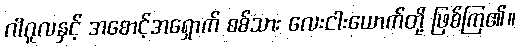
ဂါဂူလနှင့် အစောင့်အရှောက် စစ်သား လေးငါးယောက်တို့ ဖြစ်ကြ၏။